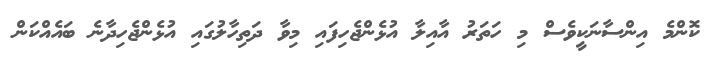
ކޮންމެ އިންސާނަކީވެސް މި ހަތަރު އާއިލާ އުޅެންޖެހިފައި މިވާ ދަތިހާލުގައި އުޅެންޖެހިދާނެ ބައެއްކަން